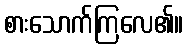
စားသောက်ကြလေ၏။